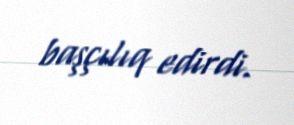
başçılıq edirdi.